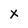
Character: X